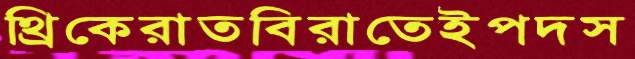
থ্রিকেরাতবিরাতেইপদস